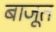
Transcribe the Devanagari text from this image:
बाजूत